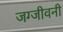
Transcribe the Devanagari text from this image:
जग्जीवनी